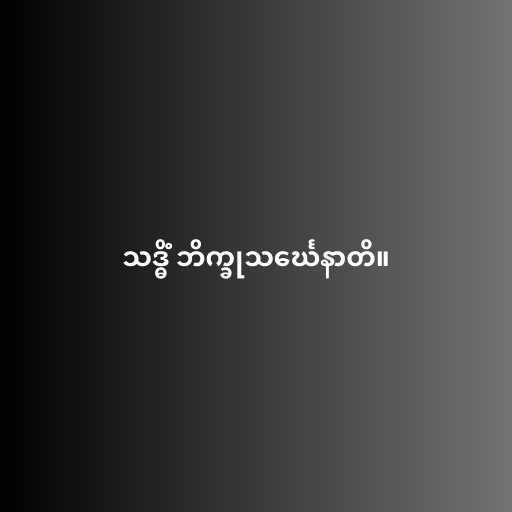
သဒ္ဓိံ ဘိက္ခုသင်္ဃေနာတိ။